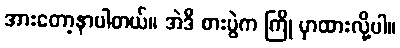
အားတော့နာပါတယ်။ အဲဒီ စားပွဲက ကြို မှာထားလို့ပါ။